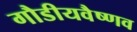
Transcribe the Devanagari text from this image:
गौडीयवैष्णव